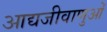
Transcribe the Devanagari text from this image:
आद्यजीवाणुओं